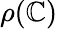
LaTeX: \rho(\mathbb{C})